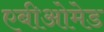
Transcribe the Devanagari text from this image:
एबीओमेड